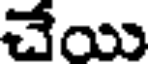
చేయి